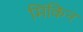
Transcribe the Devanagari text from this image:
मिंकिन